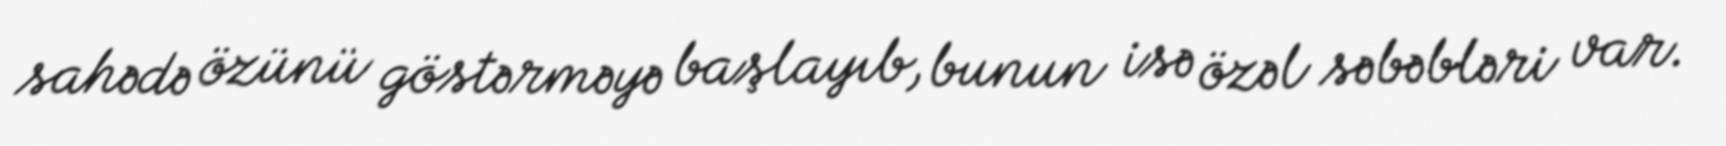
sahədə özünü göstərməyə başlayıb, bunun isə özəl səbəbləri var.